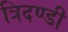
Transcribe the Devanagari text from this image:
त्रिदण्डी